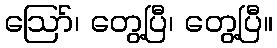
ဪ၊ တွေ့ပြီ၊ တွေ့ပြီ။